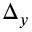
\Delta _ { y }